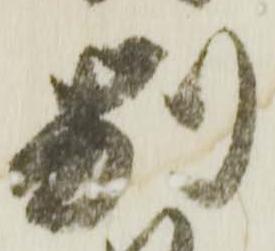
別